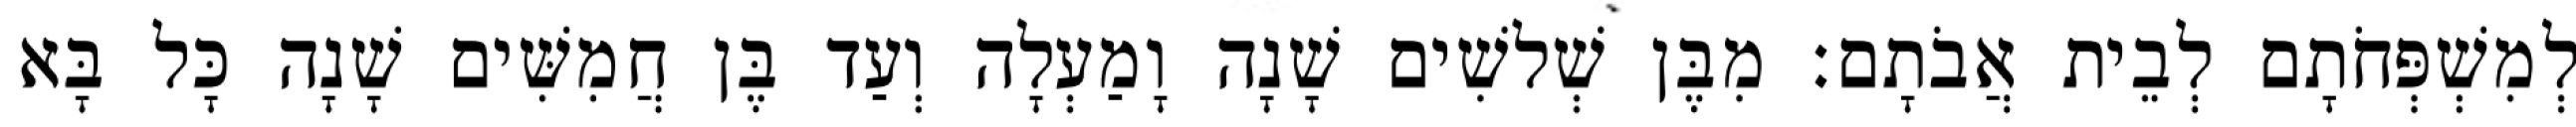
לְמִשְׁפְּחֹתָם לְבֵית אֲבֹתָם׃ מִבֶּן שְׁלשִׁים שָׁנָה וָמַעְלָה וְעַד בֶּן חֲמִשִּׁים שָׁנָה כָּל בָּא